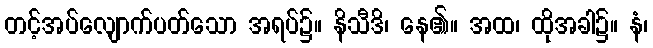
တင့်အပ်လျောက်ပတ်သော အရပ်၌။ နိသီဒိ၊ နေ၏။ အထ၊ ထိုအခါ၌။ နံ၊